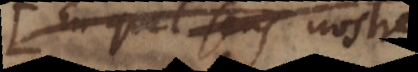
En quel sens nostre